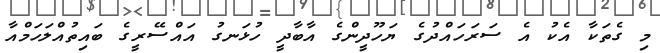
މި ގެތަކާ އެކު އެ ސަރަހައްދުގެ ޔަހޫދީންގެ އާބާދީ ހުޅަނގު އައްސޭރީގެ ބައިތުއްލަހަމްއާ